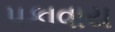
પકાવાય